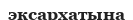
эксархатына